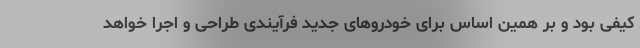
کیفی بود و بر همین اساس برای خودروهای جدید فرآیندی طراحی و اجرا خواهد